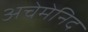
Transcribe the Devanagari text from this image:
अचेमेनिद